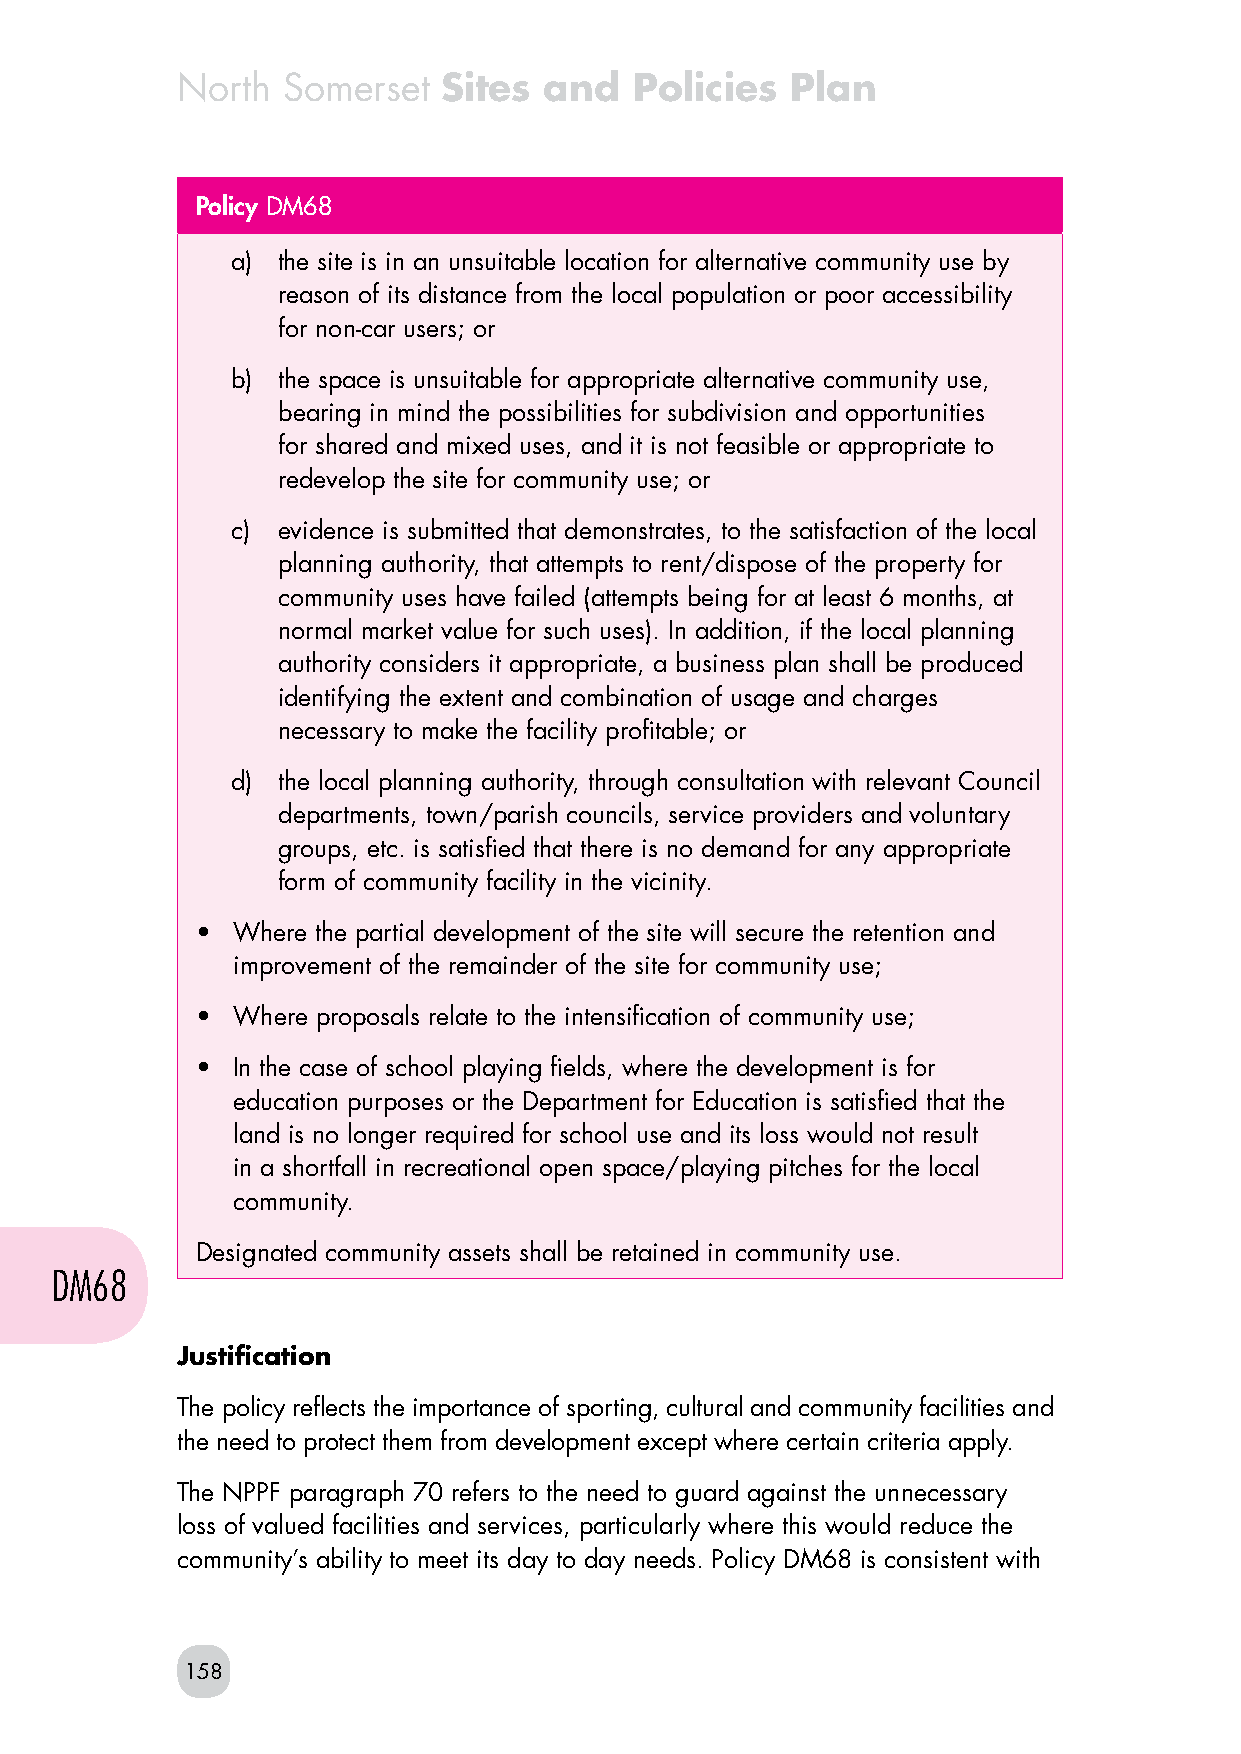
North  Somerset  Sites  and   Policies  Plan
 Policy DM68
 a) the site is in an unsuitable location for alternative community use by
 reason of its distance from the local population or poor accessibility
 for non-car users; or
 b) the space is unsuitable for appropriate alternative community use,
 bearing in mind the possibilities for subdivision and opportunities
 for shared and mixed uses, and it is not feasible or appropriate to
 redevelop the site for community use; or
 c) evidence is submitted that demonstrates, to the satisfaction of the local
 planning authority, that attempts to rent/dispose of the property for
 community uses have failed (attempts being for at least 6 months, at
 normal market value for such uses). In addition, if the local planning
 authority considers it appropriate, a business plan shall be produced
 identifying the extent and combination of usage and charges
 necessary to make the facility profitable; or
 d) the local planning authority, through consultation with relevant Council
 departments, town/parish councils, service providers and voluntary
 groups, etc. is satisfied that there is no demand for any appropriate
 form of community facility in the vicinity.
 • Where the partial development of the site will secure the retention and
 improvement of the remainder of the site for community use;
 • Where proposals relate to the intensification of community use;
 • In the case of school playing fields, where the development is for
 education purposes or the Department for Education is satisfied that the
 land is no longer required for school use and its loss would not result
 in a shortfall in recreational open space/playing pitches for the local
 community.
 Designated community assets shall be retained in community use.
 DM68
 Justification
 The policy reflects the importance of sporting, cultural and community facilities and
 the need to protect them from development except where certain criteria apply.
 The NPPF paragraph 70 refers to the need to guard against the unnecessary
 loss of valued facilities and services, particularly where this would reduce the
 community’s ability to meet its day to day needs. Policy DM68 is consistent with
 158